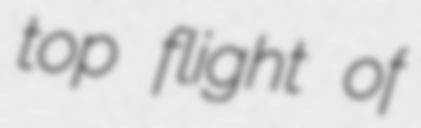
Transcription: top flight of